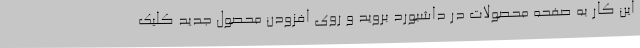
این کار به صفحه محصولات در داشبورد بروید و روی افزودن محصول جدید کلیک